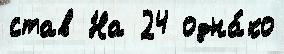
став На 24 одна́ко